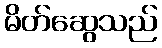
မိတ်ဆွေသည်